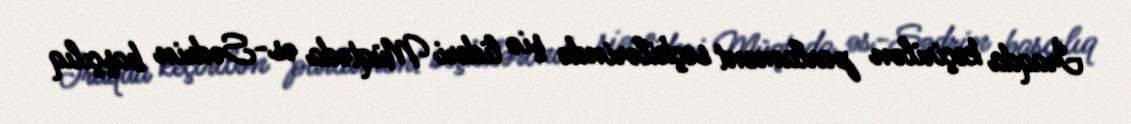
İraqda keçirilən parlament seçkilərində şiə lideri Müqtəda əs-Sədrin başçılıq